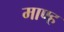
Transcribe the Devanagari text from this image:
माण्ह